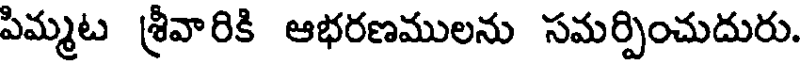
పిమ్మట శ్రీవారికి ఆభరణములను సమర్పించుదురు.